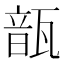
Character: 𩐛